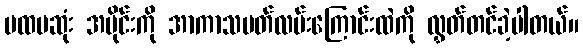
ပထမဆုံး အပိုင်းကို အာကာသပတ်လမ်းကြောင်းထဲကို လွှတ်တင်ခဲ့ပါတယ်။